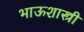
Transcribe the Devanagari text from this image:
भाऊशास्त्री